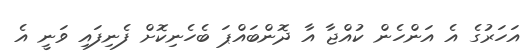
އަހަރުގެ އެ އަންހެން ކުއްޖާ އާ ދޮންބައްޕަ ބެހެނިކޮށް ފެނިފައި ވަނީ އެ